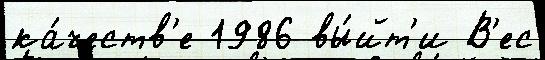
ка́честв'е 1986 вы́йт'и В'ес